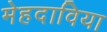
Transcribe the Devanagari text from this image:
मेहदाविया